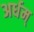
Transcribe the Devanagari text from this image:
अर्धम्